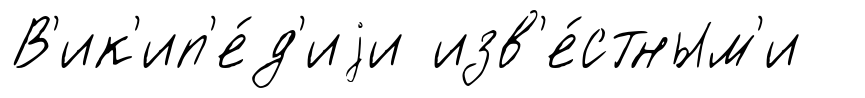
В'ик'ип'е́д'иjи изв'е́стным'и